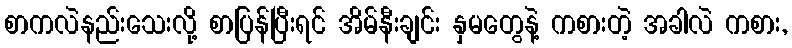
စာကလဲနည်းသေးလို့ စာပြန်ပြီးရင် အိမ်နီးချင်း နှမတွေနဲ့ ကစားတဲ့ အခါလဲ ကစား,